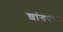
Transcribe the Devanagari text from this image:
शांतवन